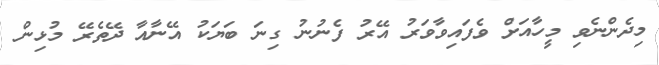
މިދެންނެވި މީހާއަށް ވެފައިވާވަރު އޭރު ފެނުނު ގިނަ ބަޔަކު އޭނާއާ ދޭތެރޭ މުޅިން